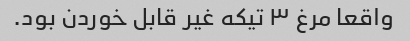
واقعا مرغ ۳ تیکه غیر قابل خوردن بود.